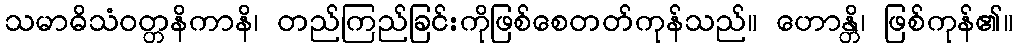
သမာဓိသံဝတ္တနိကာနိ၊ တည်ကြည်ခြင်းကိုဖြစ်စေတတ်ကုန်သည်။ ဟောန္တိ၊ ဖြစ်ကုန်၏။